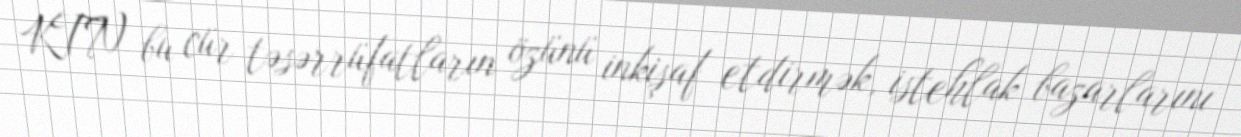
KTN bu cür təsərrüfatların özünü inkişaf etdirmək, istehlak bazarlarını